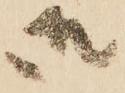
御